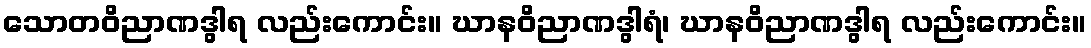
သောတဝိညာဏဒွါရ လည်းကောင်း။ ဃာနဝိညာဏဒွါရံ၊ ဃာနဝိညာဏဒွါရ လည်းကောင်း။